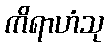
ကိရာဟံသု